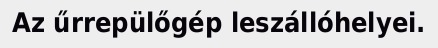
Az űrrepülőgép leszállóhelyei.